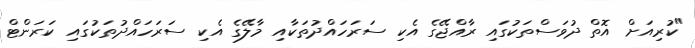
"ކުރިއަށް އޮތް ދުވަސްތަކުގައި ރާއްޖޭގެ އެކި ސަރަހައްދުތަކާއި މާލޭގެ އެކި ސަރަހައްދުތަކުގައި ކަރަންޓް